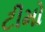
ટીમો